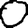
Digit: 0